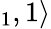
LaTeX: _1,1\rangle